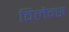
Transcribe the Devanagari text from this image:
विलैन्स